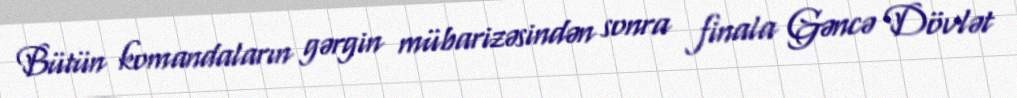
Bütün komandaların gərgin mübarizəsindən sonra finala Gəncə Dövlət